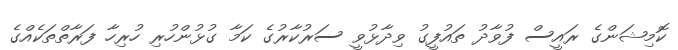
ކޮމިޝަންގެ ރައީސް ފުވާދު ތައުފީގު ވިދާޅުވީ ސަރުކާރުގެ ކަމާ ގުޅުންހުރި ހުރިހާ ފަރާތްތަކެއްގެ